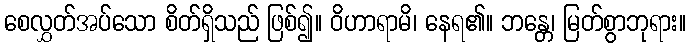
စေလွှတ်အပ်သော စိတ်ရှိသည် ဖြစ်၍။ ဝိဟာရာမိ၊ နေရ၏။ ဘန္တေ၊ မြတ်စွာဘုရား။